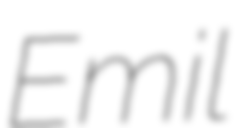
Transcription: Emil